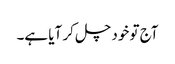
آج تو خود چل کر آیا ہے۔